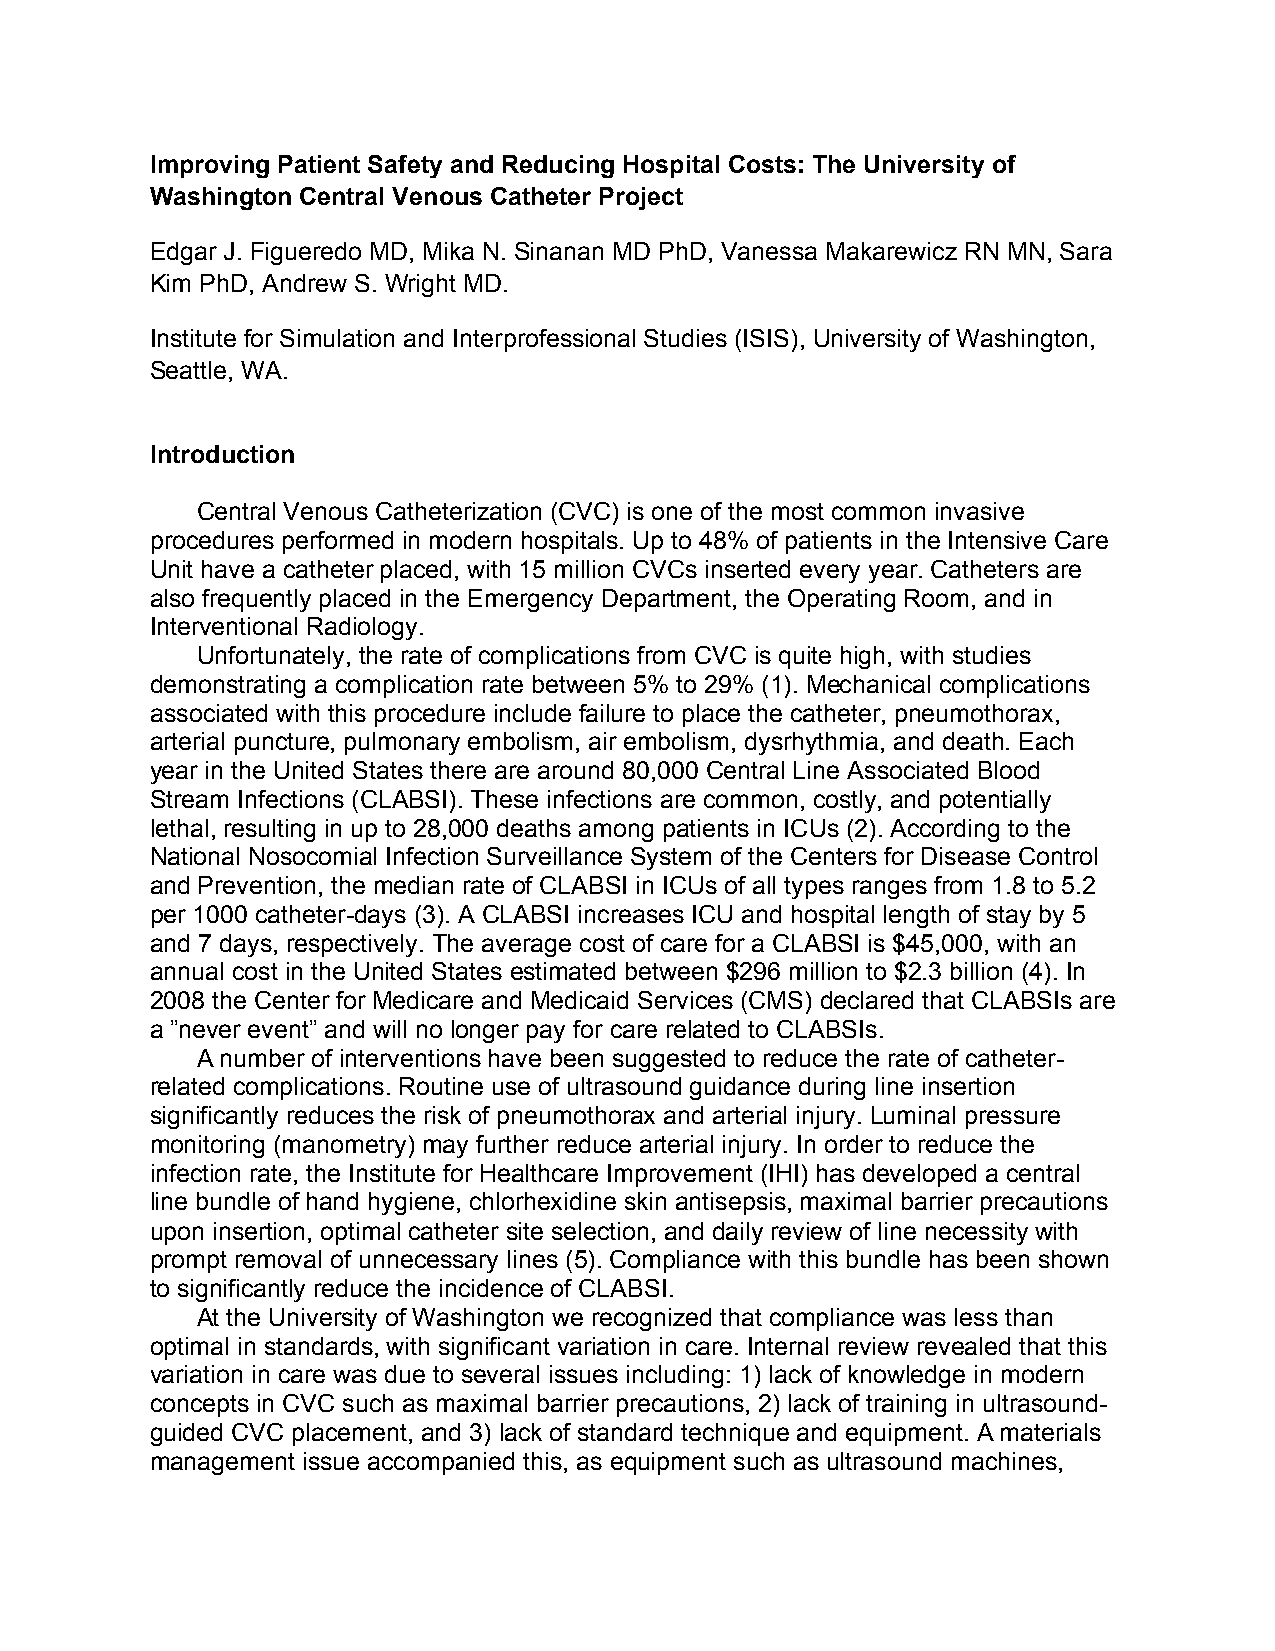
Improving Patient Safety and Reducing Hospital Costs: The University of
 Washington Central Venous Catheter Project
 Edgar J. Figueredo MD, Mika N. Sinanan MD PhD, Vanessa Makarewicz RN MN, Sara
 Kim PhD, Andrew S. Wright MD.
 Institute for Simulation and Interprofessional Studies (ISIS), University of Washington,
 Seattle, WA.
 Introduction
 Central Venous Catheterization (CVC) is one of the most common invasive
 procedures performed in modern hospitals. Up to 48% of patients in the Intensive Care
 Unit have a catheter placed, with 15 million CVCs inserted every year. Catheters are
 also frequently placed in the Emergency Department, the Operating Room, and in
 Interventional Radiology.
 Unfortunately, the rate of complications from CVC is quite high, with studies
 demonstrating a complication rate between 5% to 29% (1). Mechanical complications
 associated with this procedure include failure to place the catheter, pneumothorax,
 arterial puncture, pulmonary embolism, air embolism, dysrhythmia, and death. Each
 year in the United States there are around 80,000 Central Line Associated Blood
 Stream Infections (CLABSI). These infections are common, costly, and potentially
 lethal, resulting in up to 28,000 deaths among patients in ICUs (2). According to the
 National Nosocomial Infection Surveillance System of the Centers for Disease Control
 and Prevention, the median rate of CLABSI in ICUs of all types ranges from 1.8 to 5.2
 per 1000 catheter-days (3). A CLABSI increases ICU and hospital length of stay by 5
 and 7 days, respectively. The average cost of care for a CLABSI is $45,000, with an
 annual cost in the United States estimated between $296 million to $2.3 billion (4). In
 2008 the Center for Medicare and Medicaid Services (CMS) declared that CLABSIs are
 a ”never event” and will no longer pay for care related to CLABSIs.
 A number of interventions have been suggested to reduce the rate of catheter-
 related complications. Routine use of ultrasound guidance during line insertion
 significantly reduces the risk of pneumothorax and arterial injury. Luminal pressure
 monitoring (manometry) may further reduce arterial injury. In order to reduce the
 infection rate, the Institute for Healthcare Improvement (IHI) has developed a central
 line bundle of hand hygiene, chlorhexidine skin antisepsis, maximal barrier precautions
 upon insertion, optimal catheter site selection, and daily review of line necessity with
 prompt removal of unnecessary lines (5). Compliance with this bundle has been shown
 to significantly reduce the incidence of CLABSI.
 At the University of Washington we recognized that compliance was less than
 optimal in standards, with significant variation in care. Internal review revealed that this
 variation in care was due to several issues including: 1) lack of knowledge in modern
 concepts in CVC such as maximal barrier precautions, 2) lack of training in ultrasound-
 guided CVC placement, and 3) lack of standard technique and equipment. A materials
 management issue accompanied this, as equipment such as ultrasound machines,